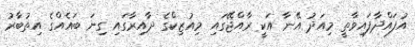
އުފައްދާފައިވާތީ މިއަދު އޭނާ އަކީ ރާއްޖޭގައި މިއުޒިކްގެ ދާއިރާގައި ގިނަ ބައެއްގެ އިތުބާރު